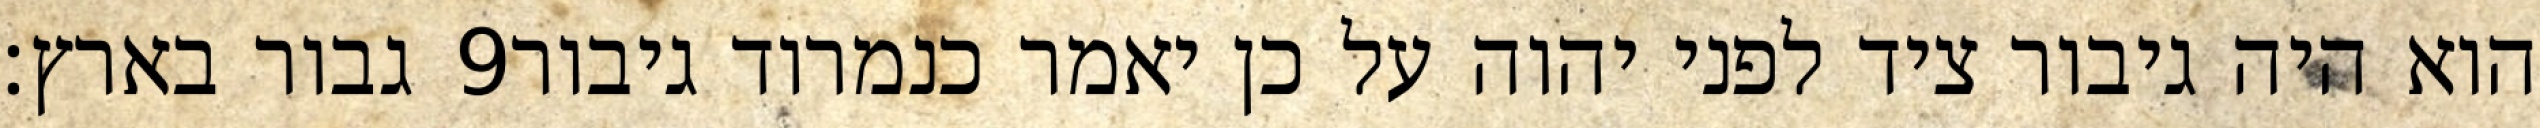
גבור בארץ׃ ‎9‏ הוא היה גיבור ציד לפני יהוה על כן יאמר כנמרוד גיבור